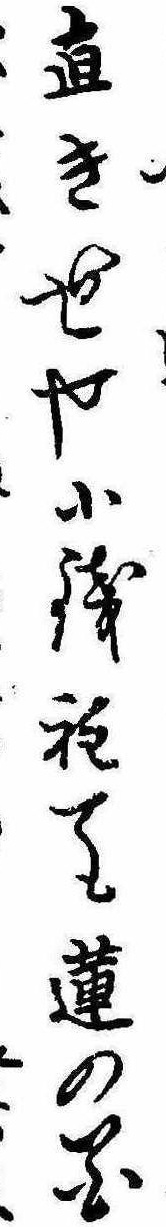
直き世や小銭程ても蓮の花